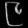
Digit: ၉